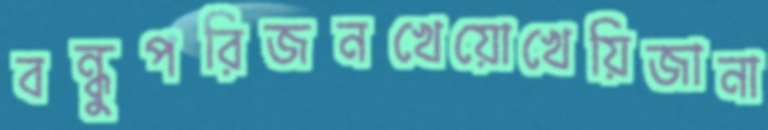
বন্ধুপরিজনখেয়োখেয়িজানা